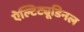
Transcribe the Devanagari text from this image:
ऐल्टिट्यूडिनल